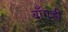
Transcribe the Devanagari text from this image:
बाँगड़ी